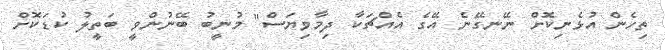
ތިހެން އުޅެނިކޮށް ނޭނގޭނެ އޭގެ އެއްޗަކާ ދިމާވިޔަސް" މުނީބު ބޭނުންވީ ބަތީލު ކުޑަކޮށް